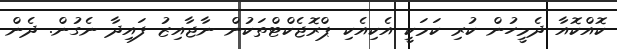
ކޮއްކޮއާ ދެމީހުން ކުރި ކަމަކީ އެކިއެކި ޕްރޮޖެކްޓްތަކުން ނާޖާއިޒު ފައިދާ ނެގުން. ދެން